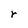
Character: r